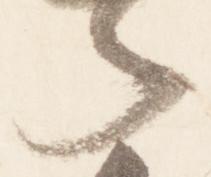
者